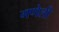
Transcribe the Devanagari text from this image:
गणेली